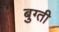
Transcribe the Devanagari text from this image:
बुग्ती